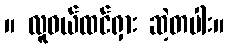
။ လူဝယ်ထင်ရှား ဆဲ့တပါး။